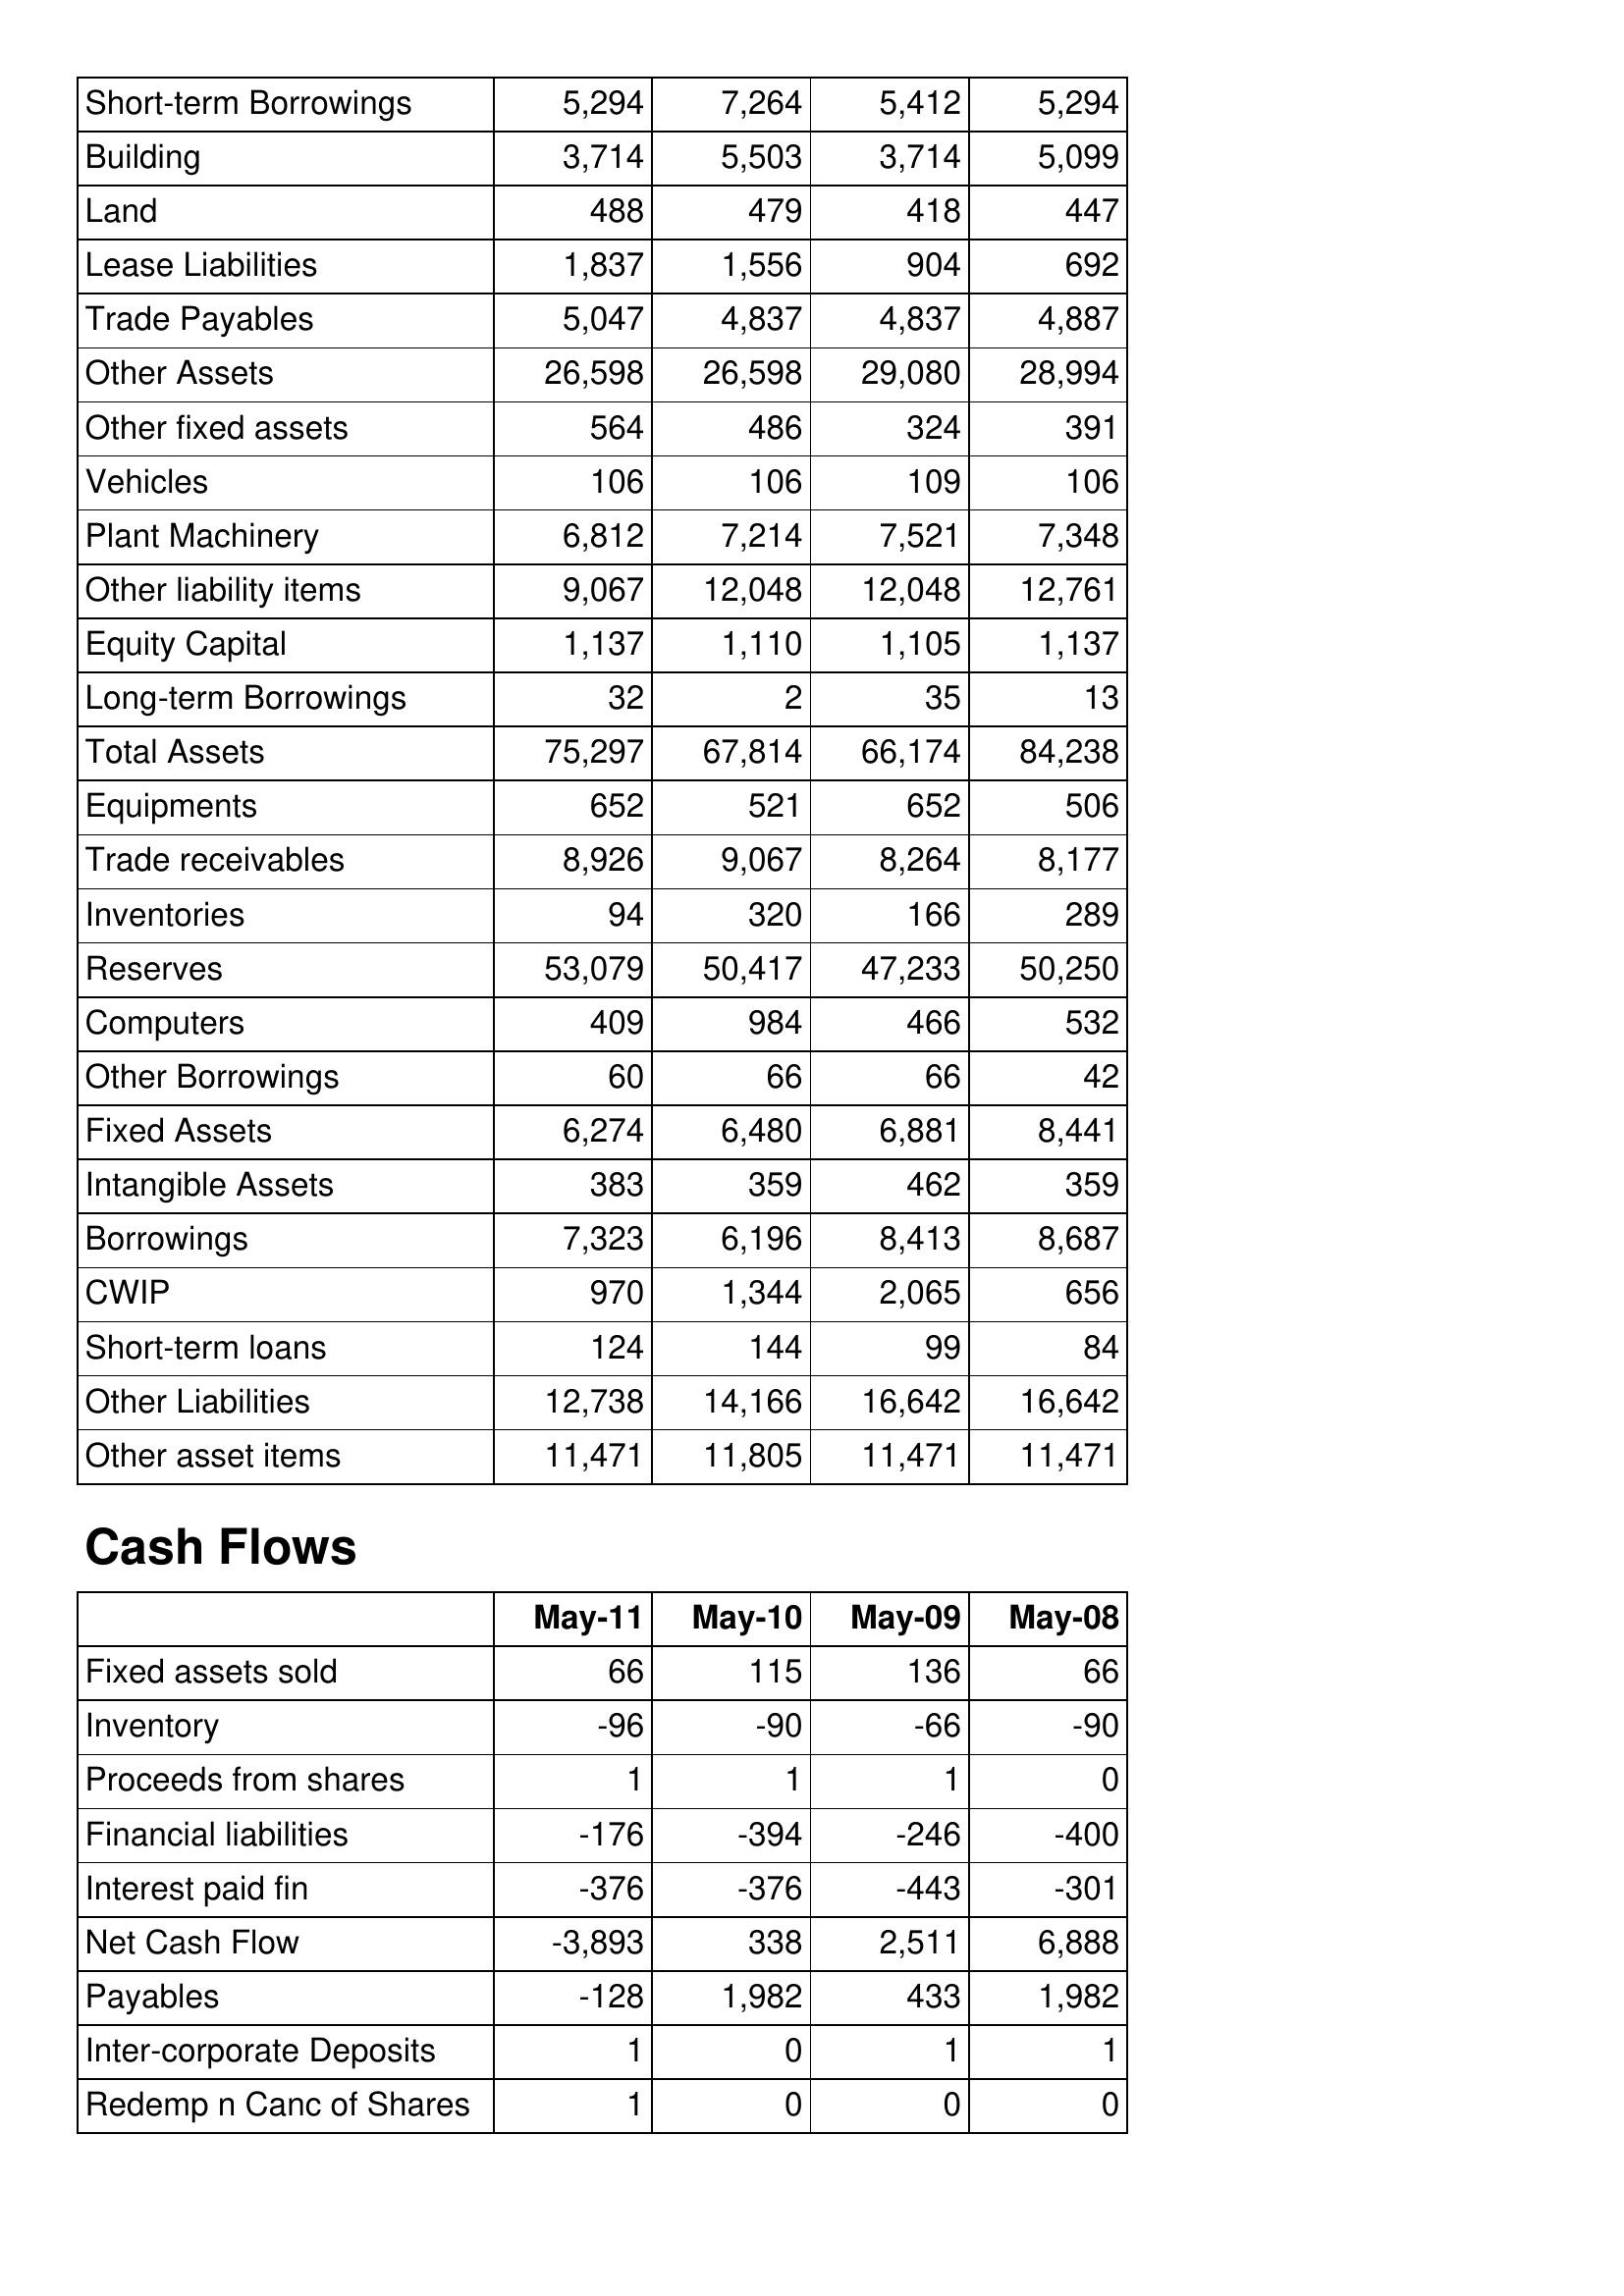
May-11: Balance Sheet: Short-term Borrowings: 5,294
Building: 3,714
Land: 488
Lease Liabilities: 1,837
Trade Payables: 5,047
Other Assets: 26,598
Other fixed assets: 564
Vehicles: 106
Plant Machinery: 6,812
Other liability items: 9,067
Equity Capital: 1,137
Long-term Borrowings: 32
Total Assets: 75,297
Equipments: 652
Trade receivables: 8,926
Inventories: 94
Reserves: 53,079
Computers: 409
Other Borrowings: 60
Fixed Assets: 6,274
Intangible Assets: 383
Borrowings: 7,323
CWIP: 970
Short-term loans: 124
Other Liabilities: 12,738
Other asset items: 11,471
Cash Flows: Fixed assets sold: 66
Inventory: -96
Proceeds from shares: 1
Financial liabilities: -176
Interest paid fin: -376
Net Cash Flow: -3,893
Payables: -128
Inter-corporate Deposits: 1
Redemp n Canc of Shares: 1
May-10: Balance Sheet: Short-term Borrowings: 7,264
Building: 5,503
Land: 479
Lease Liabilities: 1,556
Trade Payables: 4,837
Other Assets: 26,598
Other fixed assets: 486
Vehicles: 106
Plant Machinery: 7,214
Other liability items: 12,048
Equity Capital: 1,110
Long-term Borrowings: 2
Total Assets: 67,814
Equipments: 521
Trade receivables: 9,067
Inventories: 320
Reserves: 50,417
Computers: 984
Other Borrowings: 66
Fixed Assets: 6,480
Intangible Assets: 359
Borrowings: 6,196
CWIP: 1,344
Short-term loans: 144
Other Liabilities: 14,166
Other asset items: 11,805
Cash Flows: Fixed assets sold: 115
Inventory: -90
Proceeds from shares: 1
Financial liabilities: -394
Interest paid fin: -376
Net Cash Flow: 338
Payables: 1,982
Inter-corporate Deposits: 0
Redemp n Canc of Shares: 0
May-09: Balance Sheet: Short-term Borrowings: 5,412
Building: 3,714
Land: 418
Lease Liabilities: 904
Trade Payables: 4,837
Other Assets: 29,080
Other fixed assets: 324
Vehicles: 109
Plant Machinery: 7,521
Other liability items: 12,048
Equity Capital: 1,105
Long-term Borrowings: 35
Total Assets: 66,174
Equipments: 652
Trade receivables: 8,264
Inventories: 166
Reserves: 47,233
Computers: 466
Other Borrowings: 66
Fixed Assets: 6,881
Intangible Assets: 462
Borrowings: 8,413
CWIP: 2,065
Short-term loans: 99
Other Liabilities: 16,642
Other asset items: 11,471
Cash Flows: Fixed assets sold: 136
Inventory: -66
Proceeds from shares: 1
Financial liabilities: -246
Interest paid fin: -443
Net Cash Flow: 2,511
Payables: 433
Inter-corporate Deposits: 1
Redemp n Canc of Shares: 0
May-08: Balance Sheet: Short-term Borrowings: 5,294
Building: 5,099
Land: 447
Lease Liabilities: 692
Trade Payables: 4,887
Other Assets: 28,994
Other fixed assets: 391
Vehicles: 106
Plant Machinery: 7,348
Other liability items: 12,761
Equity Capital: 1,137
Long-term Borrowings: 13
Total Assets: 84,238
Equipments: 506
Trade receivables: 8,177
Inventories: 289
Reserves: 50,250
Computers: 532
Other Borrowings: 42
Fixed Assets: 8,441
Intangible Assets: 359
Borrowings: 8,687
CWIP: 656
Short-term loans: 84
Other Liabilities: 16,642
Other asset items: 11,471
Cash Flows: Fixed assets sold: 66
Inventory: -90
Proceeds from shares: 0
Financial liabilities: -400
Interest paid fin: -301
Net Cash Flow: 6,888
Payables: 1,982
Inter-corporate Deposits: 1
Redemp n Canc of Shares: 0